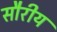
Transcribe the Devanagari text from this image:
सौरीय